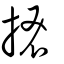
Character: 𢮞